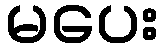
မပေး